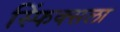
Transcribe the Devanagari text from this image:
स्फिंक्सला